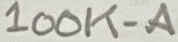
Text: 100K-A